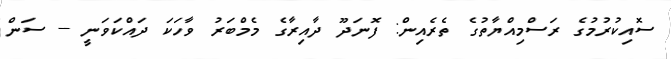
ސޮއިކުރުމުގެ ރަސްމިއްޔާތުގެ ތެރެއިން: ފޮނަދޫ ދާއިރާގެ މެމްބަރު ވާހަކަ ދައްކަވަނީ -- ސަން